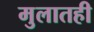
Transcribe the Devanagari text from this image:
मुलातही